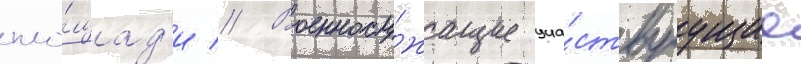
пло́щад'и // Военнослу́жащие уча́ствуущие